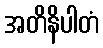
အတိနိပါတံ